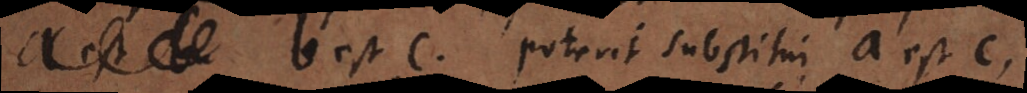
a est c b est c. poterit substitui a est c,